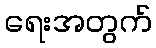
ရေးအတွက်